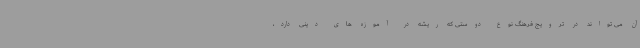
آن می تواند در ترویج فرهنگ نوع دوستی که ریشه در آموزه های دینی دارد،